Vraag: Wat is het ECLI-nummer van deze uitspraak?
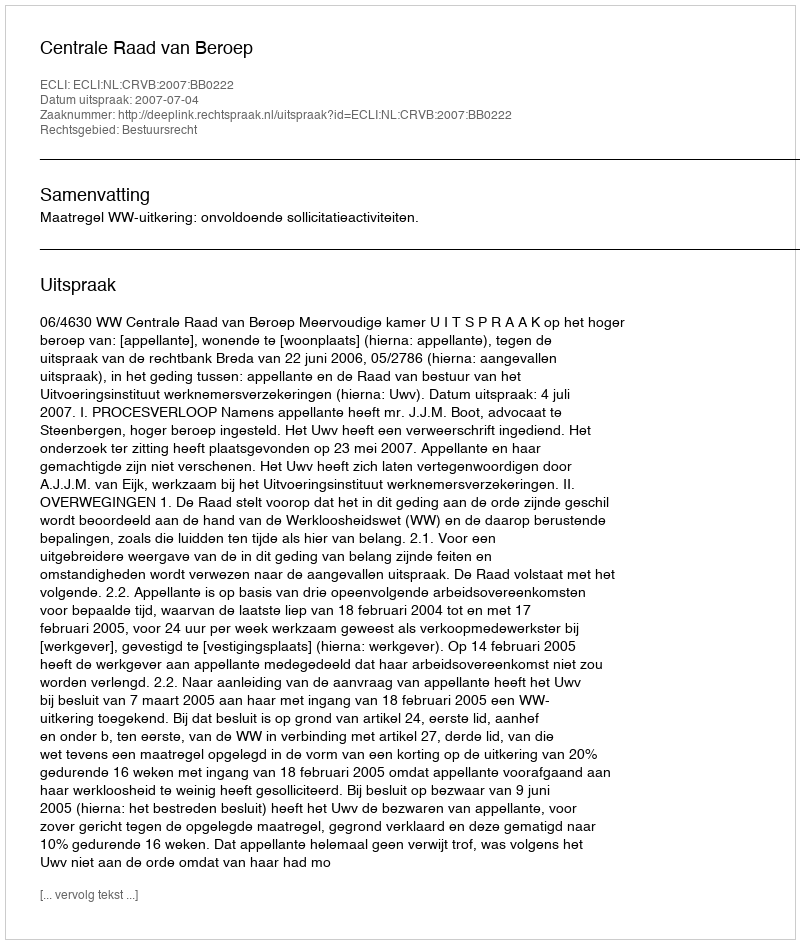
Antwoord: ECLI:NL:CRVB:2007:BB0222